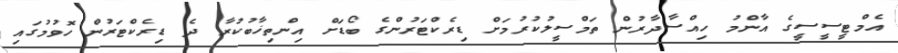
އެމްޓީސީސީގެ އާންމު ހިއްސާދާރުން ތަމްސީލުކުރުމަށް ޑިރެކްޓަރުންގެ ބޯޑަށް އިންތިޚާބުކުރާ ދެ ޑިރެކްޓަރުން ހޮވުމުގައި